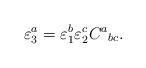
LaTeX: \begin{align*}\varepsilon^a_3=\varepsilon^b_1\varepsilon^c_2C^a{}_{bc}.\end{align*}